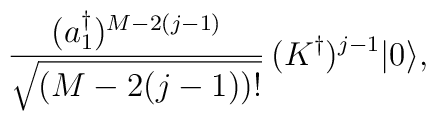
{(a_1^\dagger)^{M-2(j-1)}\over\sqrt{(M-2(j-1))!}}\,(K^\dagger)^{j-1}|0\rangle,